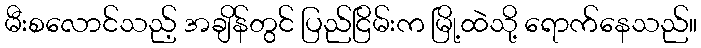
မီးစလောင်သည့် အချိန်တွင် ပြည်ငြိမ်းက မြို့ထဲသို့ ရောက်နေသည်။